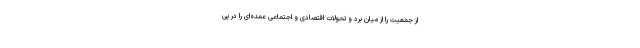
از جمعیت را از میان برد و تحولات اقتصادی و اجتماعی عمده‌ای را در پی